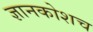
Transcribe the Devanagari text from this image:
ज्ञानकोशच